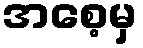
အစေ့မှ